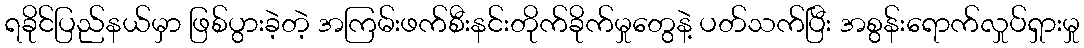
ရခိုင်ပြည်နယ်မှာ ဖြစ်ပွားခဲ့တဲ့ အကြမ်းဖက်စီးနင်းတိုက်ခိုက်မှုတွေနဲ့ ပတ်သက်ပြီး အစွန်းရောက်လှုပ်ရှားမှု